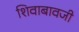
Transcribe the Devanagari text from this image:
शिवाबावजी